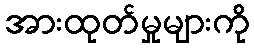
အားထုတ်မှုများကို